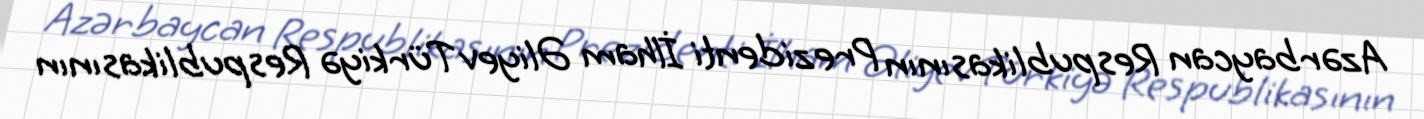
Azərbaycan Respublikasının Prezidenti İlham Əliyev Türkiyə Respublikasının